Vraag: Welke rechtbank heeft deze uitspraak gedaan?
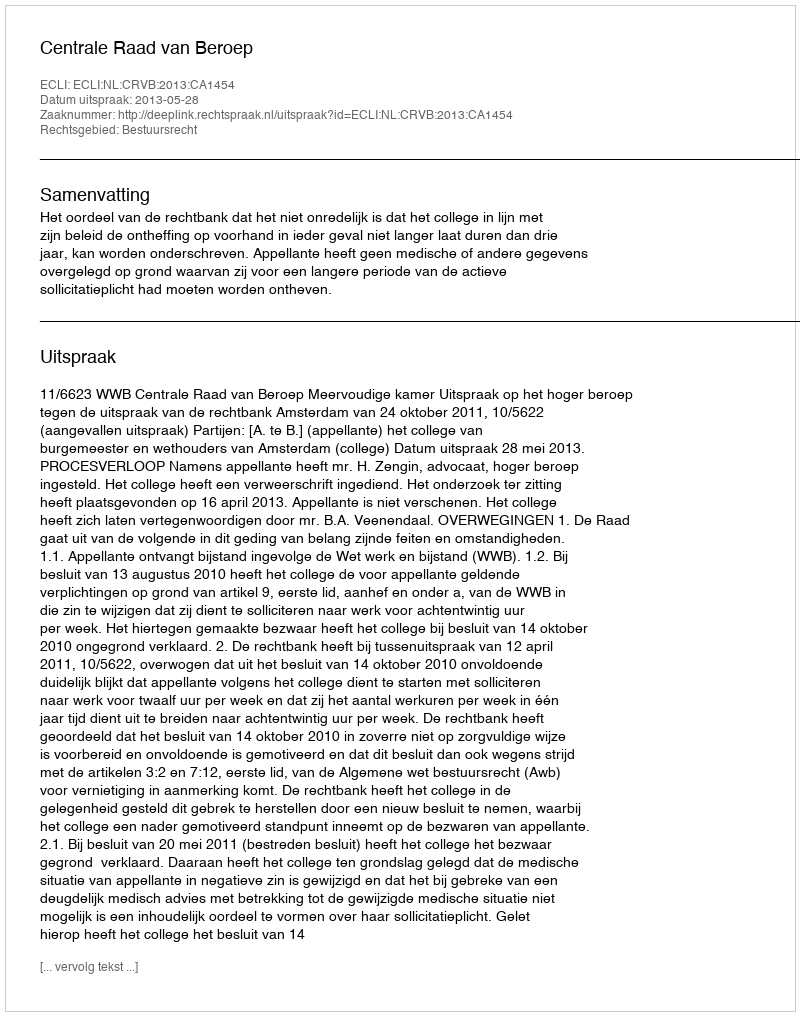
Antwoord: Centrale Raad van Beroep